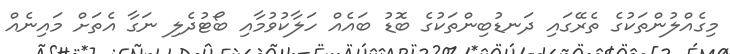
މިގެއްލުންތަކުގެ ތެރޭގައި ދަނޑުބިންތަކުގެ ބޮޑު ބައެއް ހަލާކުވުމާއި ބޯޓުދެލި ނަގާ އެތަށް މައިނެއް